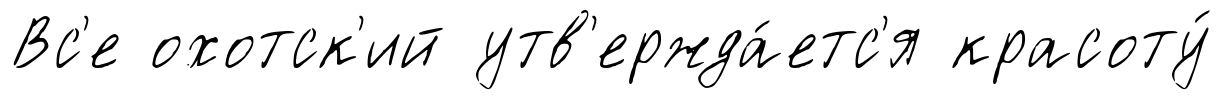
Вс'е охотск'ий утв'ержда́етс'я красоту́